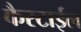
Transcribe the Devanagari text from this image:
कैस्टाईल